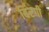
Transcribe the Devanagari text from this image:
बिंरगी